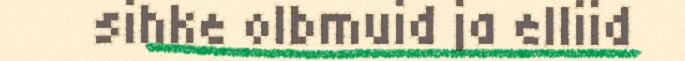
sihke olbmuid ja elliid